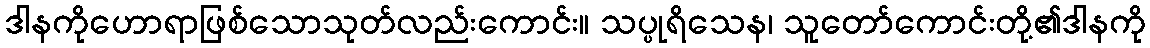
ဒါနကိုဟောရာဖြစ်သောသုတ်လည်းကောင်း။ သပ္ပုရိသေန၊ သူတော်ကောင်းတို့၏ဒါနကို